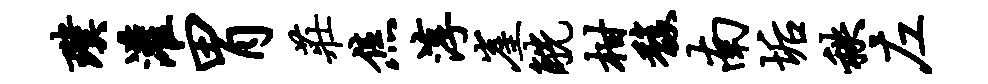
璞灌胃庄焦淳崖觥柑馥南垢秩左